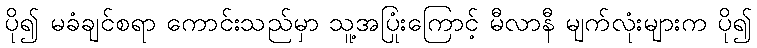
ပို၍ မခံချင်စရာ ကောင်းသည်မှာ သူ့အပြုံးကြောင့် မီလာနီ မျက်လုံးများက ပို၍